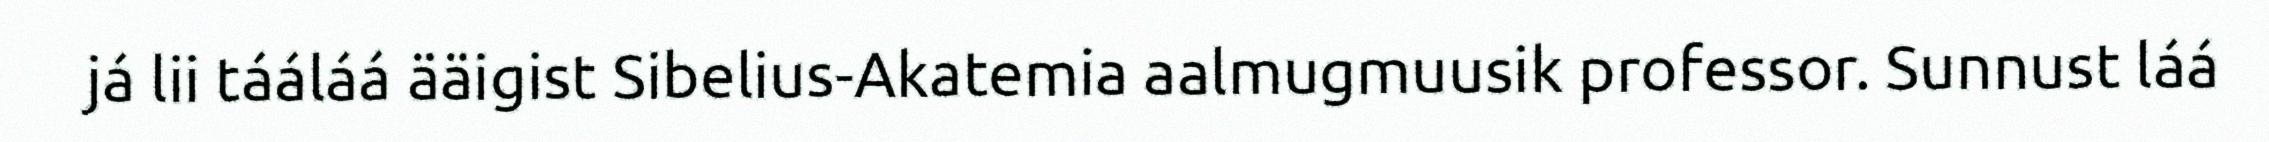
já lii tááláá ääigist Sibelius-Akatemia aalmugmuusik professor. Sunnust láá